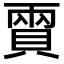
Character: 𧶪